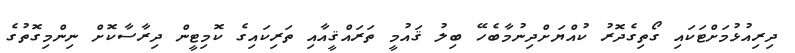
ދިރިއުޅުމަށްޓަކައި ގޯތިގެދޮރު ކުއްޔަށްދިނުމާބެހޭ ބިލު ޤައުމީ ތަރައްޤީއާއި ތަރިކައިގެ ކޮމިޓީން ދިރާސާކޮށް ނިންމިގޮތުގެ